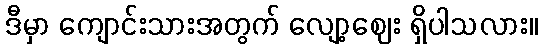
ဒီမှာ ကျောင်းသားအတွက် လျော့ဈေး ရှိပါသလား။